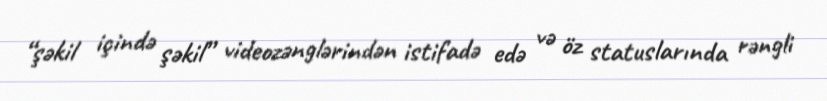
“şəkil içində şəkil” videozənglərindən istifadə edə və öz statuslarında rəngli